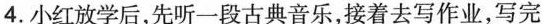
4. 小红放学后，先听一段古典音乐，接着去写作业，写完